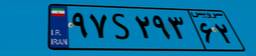
۲۸S۴۹۶۵۳